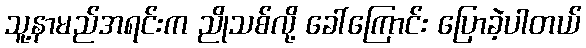
သူ့နာမည်အရင်းက ညိုသစ်လို့ ခေါ်ကြောင်း ပြောခဲ့ပါတယ်